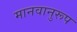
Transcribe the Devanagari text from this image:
मानवानुरूप